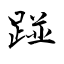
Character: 踫